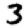
Digit: 3